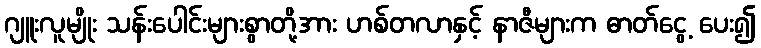
ဂျူးလူမျိုး သန်းပေါင်းများစွာတို့အား ဟစ်တလာနှင့် နာဇီများက ဓာတ်ငွေ့ ပေး၍